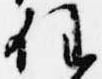
任